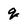
Character: q